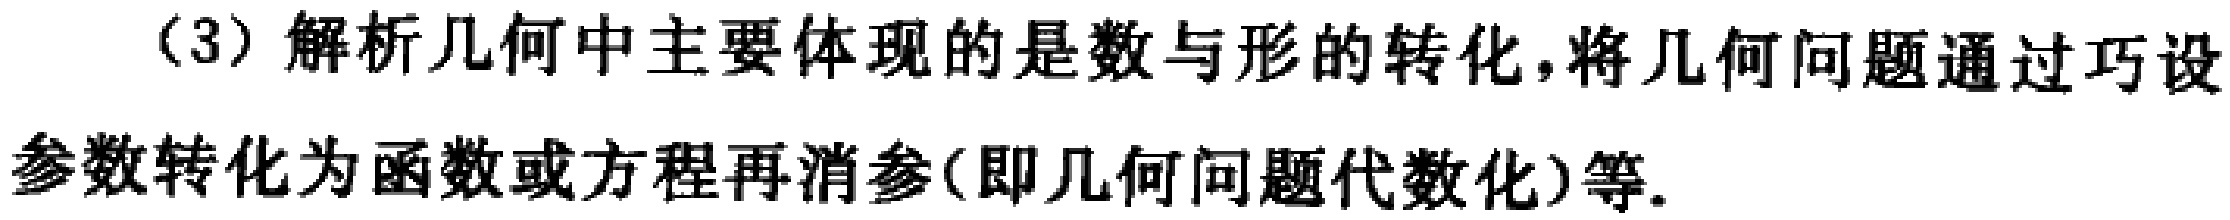
（3）解析几何中主要体现的是数与形的转化，将几何问题通过巧设参数转化为函数或方程再消参(即几何问题代数化)等.